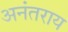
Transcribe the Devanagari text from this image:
अनंतराय